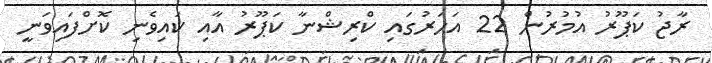
ރާޖު ކަޕޫރު އުމުރުން 22 އަހަރުގައި ކްރިޝްނާ ކަޕޫރު އާއި ކައިވެނި ކޮށްފައިވަނީ